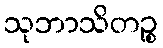
သုဘာသိတဉ္စ